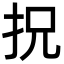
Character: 拀